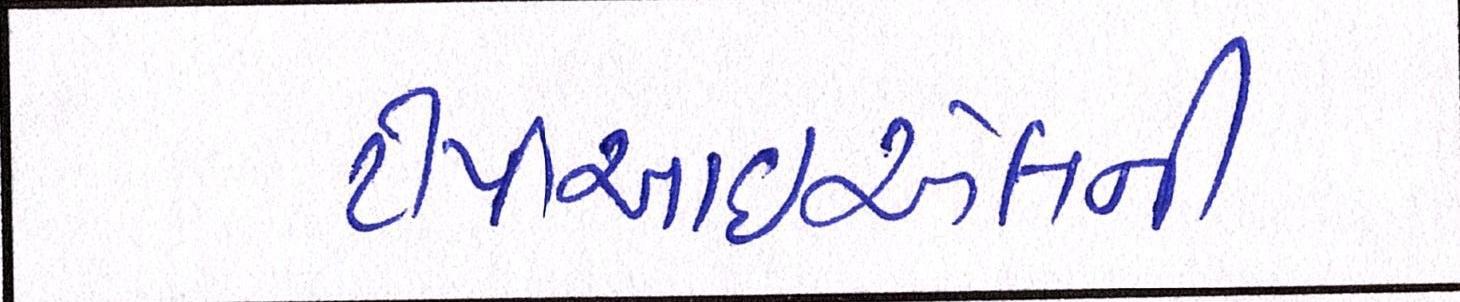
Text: ટીપીઆરઇએલની